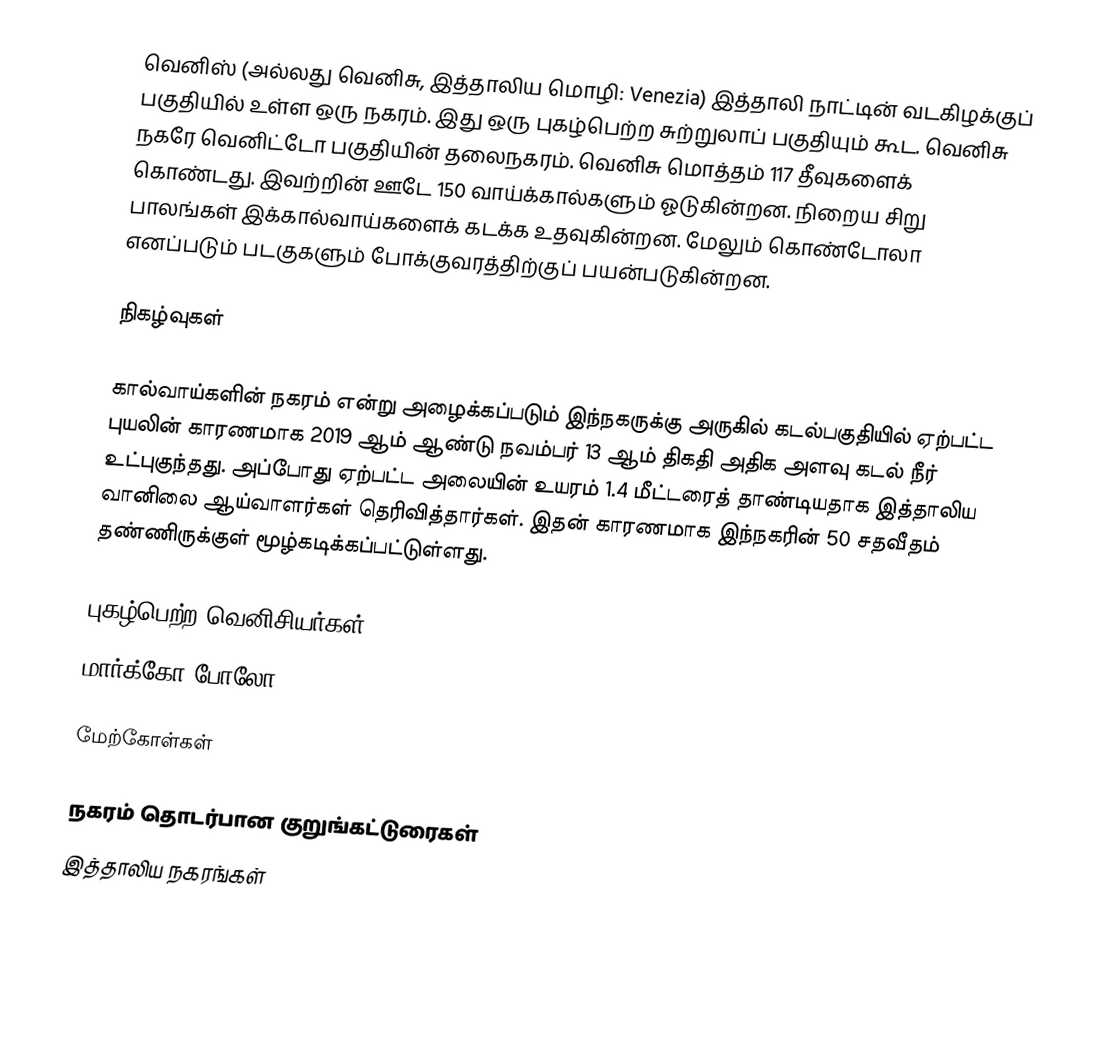
வெனிஸ் (அல்லது வெனிசு, இத்தாலிய மொழி: Venezia) இத்தாலி நாட்டின் வடகிழக்குப் பகுதியில் உள்ள ஒரு நகரம். இது ஒரு புகழ்பெற்ற சுற்றுலாப் பகுதியும் கூட. வெனிசு நகரே வெனிட்டோ பகுதியின் தலைநகரம். வெனிசு மொத்தம் 117 தீவுகளைக் கொண்டது. இவற்றின் ஊடே 150 வாய்க்கால்களும் ஓடுகின்றன. நிறைய சிறு பாலங்கள் இக்கால்வாய்களைக் கடக்க உதவுகின்றன. மேலும் கொண்டோலா எனப்படும் படகுகளும் போக்குவரத்திற்குப் பயன்படுகின்றன.

நிகழ்வுகள்

கால்வாய்களின் நகரம் என்று அழைக்கப்படும் இந்நகருக்கு அருகில் கடல்பகுதியில் ஏற்பட்ட புயலின் காரணமாக 2019 ஆம் ஆண்டு நவம்பர் 13 ஆம் திகதி அதிக அளவு கடல் நீர் உட்புகுந்தது. அப்போது ஏற்பட்ட அலையின் உயரம் 1.4 மீட்டரைத் தாண்டியதாக இத்தாலிய வானிலை ஆய்வாளர்கள் தெரிவித்தார்கள். இதன் காரணமாக இந்நகரின் 50 சதவீதம் தண்ணிருக்குள் மூழ்கடிக்கப்பட்டுள்ளது.

புகழ்பெற்ற வெனிசியர்கள்
 மார்க்கோ போலோ

மேற்கோள்கள்

நகரம் தொடர்பான குறுங்கட்டுரைகள்
இத்தாலிய நகரங்கள்